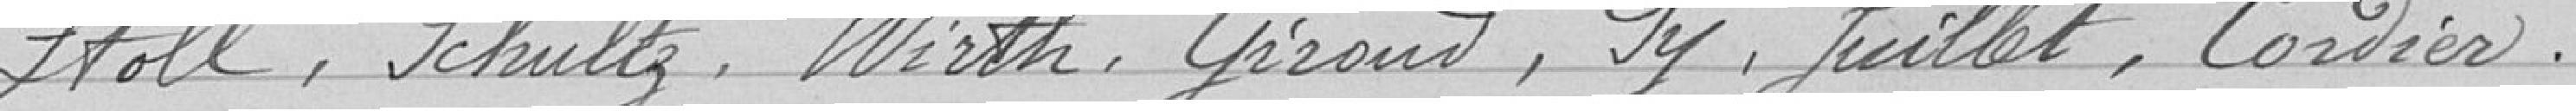
Stoll, Schultz, Wirth, Giroud, Py, Juillet, Cordier